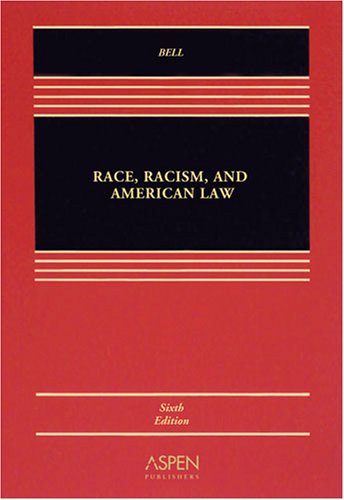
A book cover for Race, Racism & American Law 6e; Derrick A. Bell; Law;